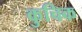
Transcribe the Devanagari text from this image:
कुचिक